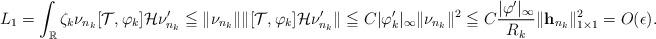
LaTeX: \begin{align*}L_1= \int_{\mathbb R} \zeta_k \nu_{n_k} [\mathcal T,\varphi_k ]\mathcal H \nu'_{n_k}\leqq \|\nu_{n_k}\|\|[\mathcal T,\varphi_k ]\mathcal H \nu'_{n_k}\|\leqq C|\varphi'_k|_{\infty}\|\nu_{n_k}\|^2\leqq C \frac{|\varphi'|_{\infty}}{R_k} \|{\bf{h}}_{n_k}\|_{1\times 1}^2=O(\epsilon).\end{align*}